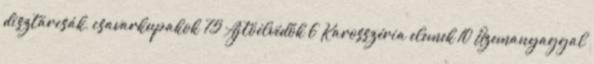
dísztárcsák, csavarkupakok 75 Ajtóélvédők 6 Karosszéria elemek 10 Üzemanyaggal